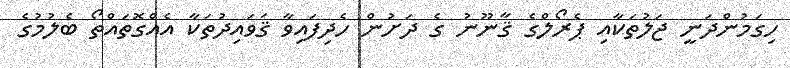
ހިގަމުންދަނީ ޖަލުތަކާއި ޕެރޯލްގެ ޤާނޫނު ގެ ދަށުން ހެދިފައިވާ ޤަވައިދުތަކާ އެއްގޮތައްތޯ ބެލުމުގެ